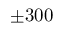
\pm 3 0 0